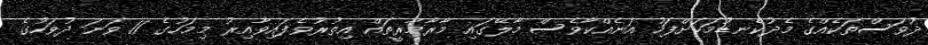
ދުވަސްތަކެއްގެ މެދުކެނޑުމަކަށްފަހު އަނެއްކާވެސް މާލޭގައި މާރާމާރީތައް އިތުރުވެފައިވާއިރު މިމަހުގެ 11 ވަނަ ދުވަހުގެ